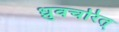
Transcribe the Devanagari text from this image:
ध्रुवचरित्